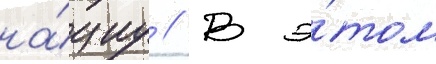
на́циу // В э́том